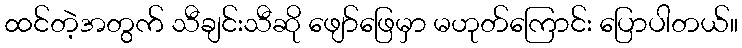
ထင်တဲ့အတွက် သီချင်းသီဆို ဖျော်ဖြေမှာ မဟုတ်ကြောင်း ပြောပါတယ်။